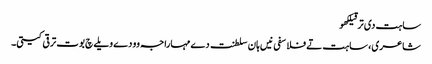
ساہت دی ترقیلکھو
شاعری، ساہت تے فلاسفی نیں ہان سلطنت دے مہاراجہ وو دے ویلے چ بوت ترقی کیتی۔